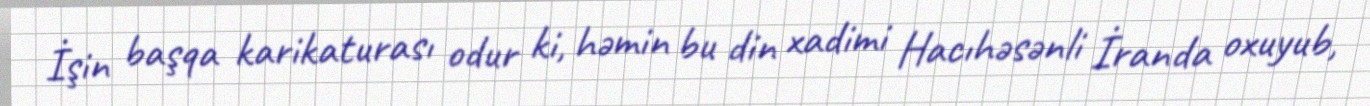
İşin başqa karikaturası odur ki, həmin bu din xadimi Hacıhəsənli İranda oxuyub,